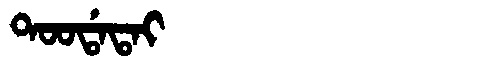
Manchu: ᡨᠣᠣᡩᠠᡨᠠᡳ
Romanization: TOODATAI